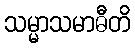
သမ္မာသမာဓီတိ